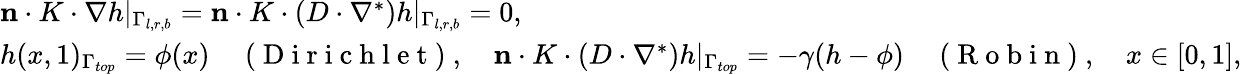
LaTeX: \begin{array}{r}{\begin{array}{l}{\mathbf{n}\cdot K\cdot\nabla h|_{\Gamma_{l,r,b}}=\mathbf{n}\cdot K\cdot(D\cdot\nabla^{*})h|_{\Gamma_{l,r,b}}=0,}\\ {h(x,1)_{\Gamma_{top}}=\phi(x)\quad\mathrm{~(~D~i~r~i~c~h~l~e~t~)~},\quad\mathbf{n}\cdot K\cdot(D\cdot\nabla^{*})h|_{\Gamma_{top}}=-\gamma(h-\phi)\quad\mathrm{~(~R~o~b~i~n~)~},\quad x\in[0,1],}\end{array}}\end{array}